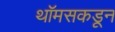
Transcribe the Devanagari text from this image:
थॉमसकडून